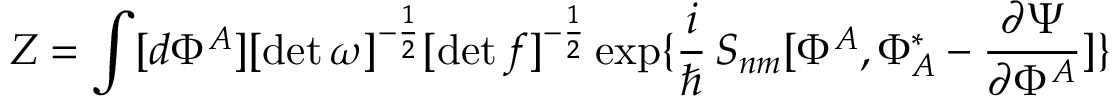
Z = \int [ d \Phi ^ { A } ] [ \operatorname * { d e t } \omega ] ^ { - { \frac { 1 } { 2 } } } [ \operatorname * { d e t } f ] ^ { - { \frac { 1 } { 2 } } } \exp \{ \frac { i } { \hbar } \, S _ { n m } [ \Phi ^ { A } , \Phi _ { A } ^ { * } - { \frac { \partial \Psi } { \partial \Phi ^ { A } } } ] \}